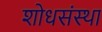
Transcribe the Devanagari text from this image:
शोधसंस्था